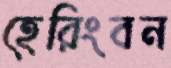
হেরিংবন